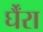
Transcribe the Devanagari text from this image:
र्घैंरा